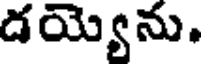
డయ్యెను,